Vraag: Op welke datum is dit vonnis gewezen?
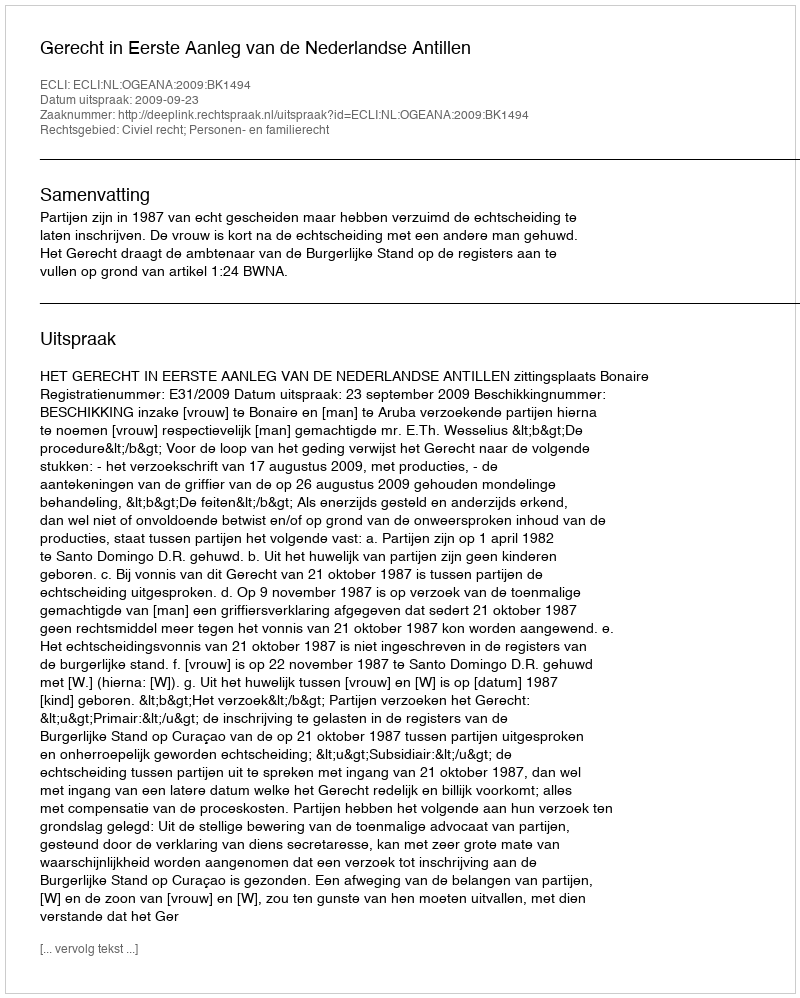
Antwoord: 2009-09-23